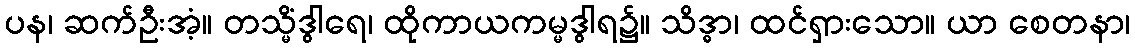
ပန၊ ဆက်ဦးအံ့။ တသ္မိံဒွါရေ၊ ထိုကာယကမ္မဒွါရ၌။ သိဒ္ဓာ၊ ထင်ရှားသော။ ယာ စေတနာ၊